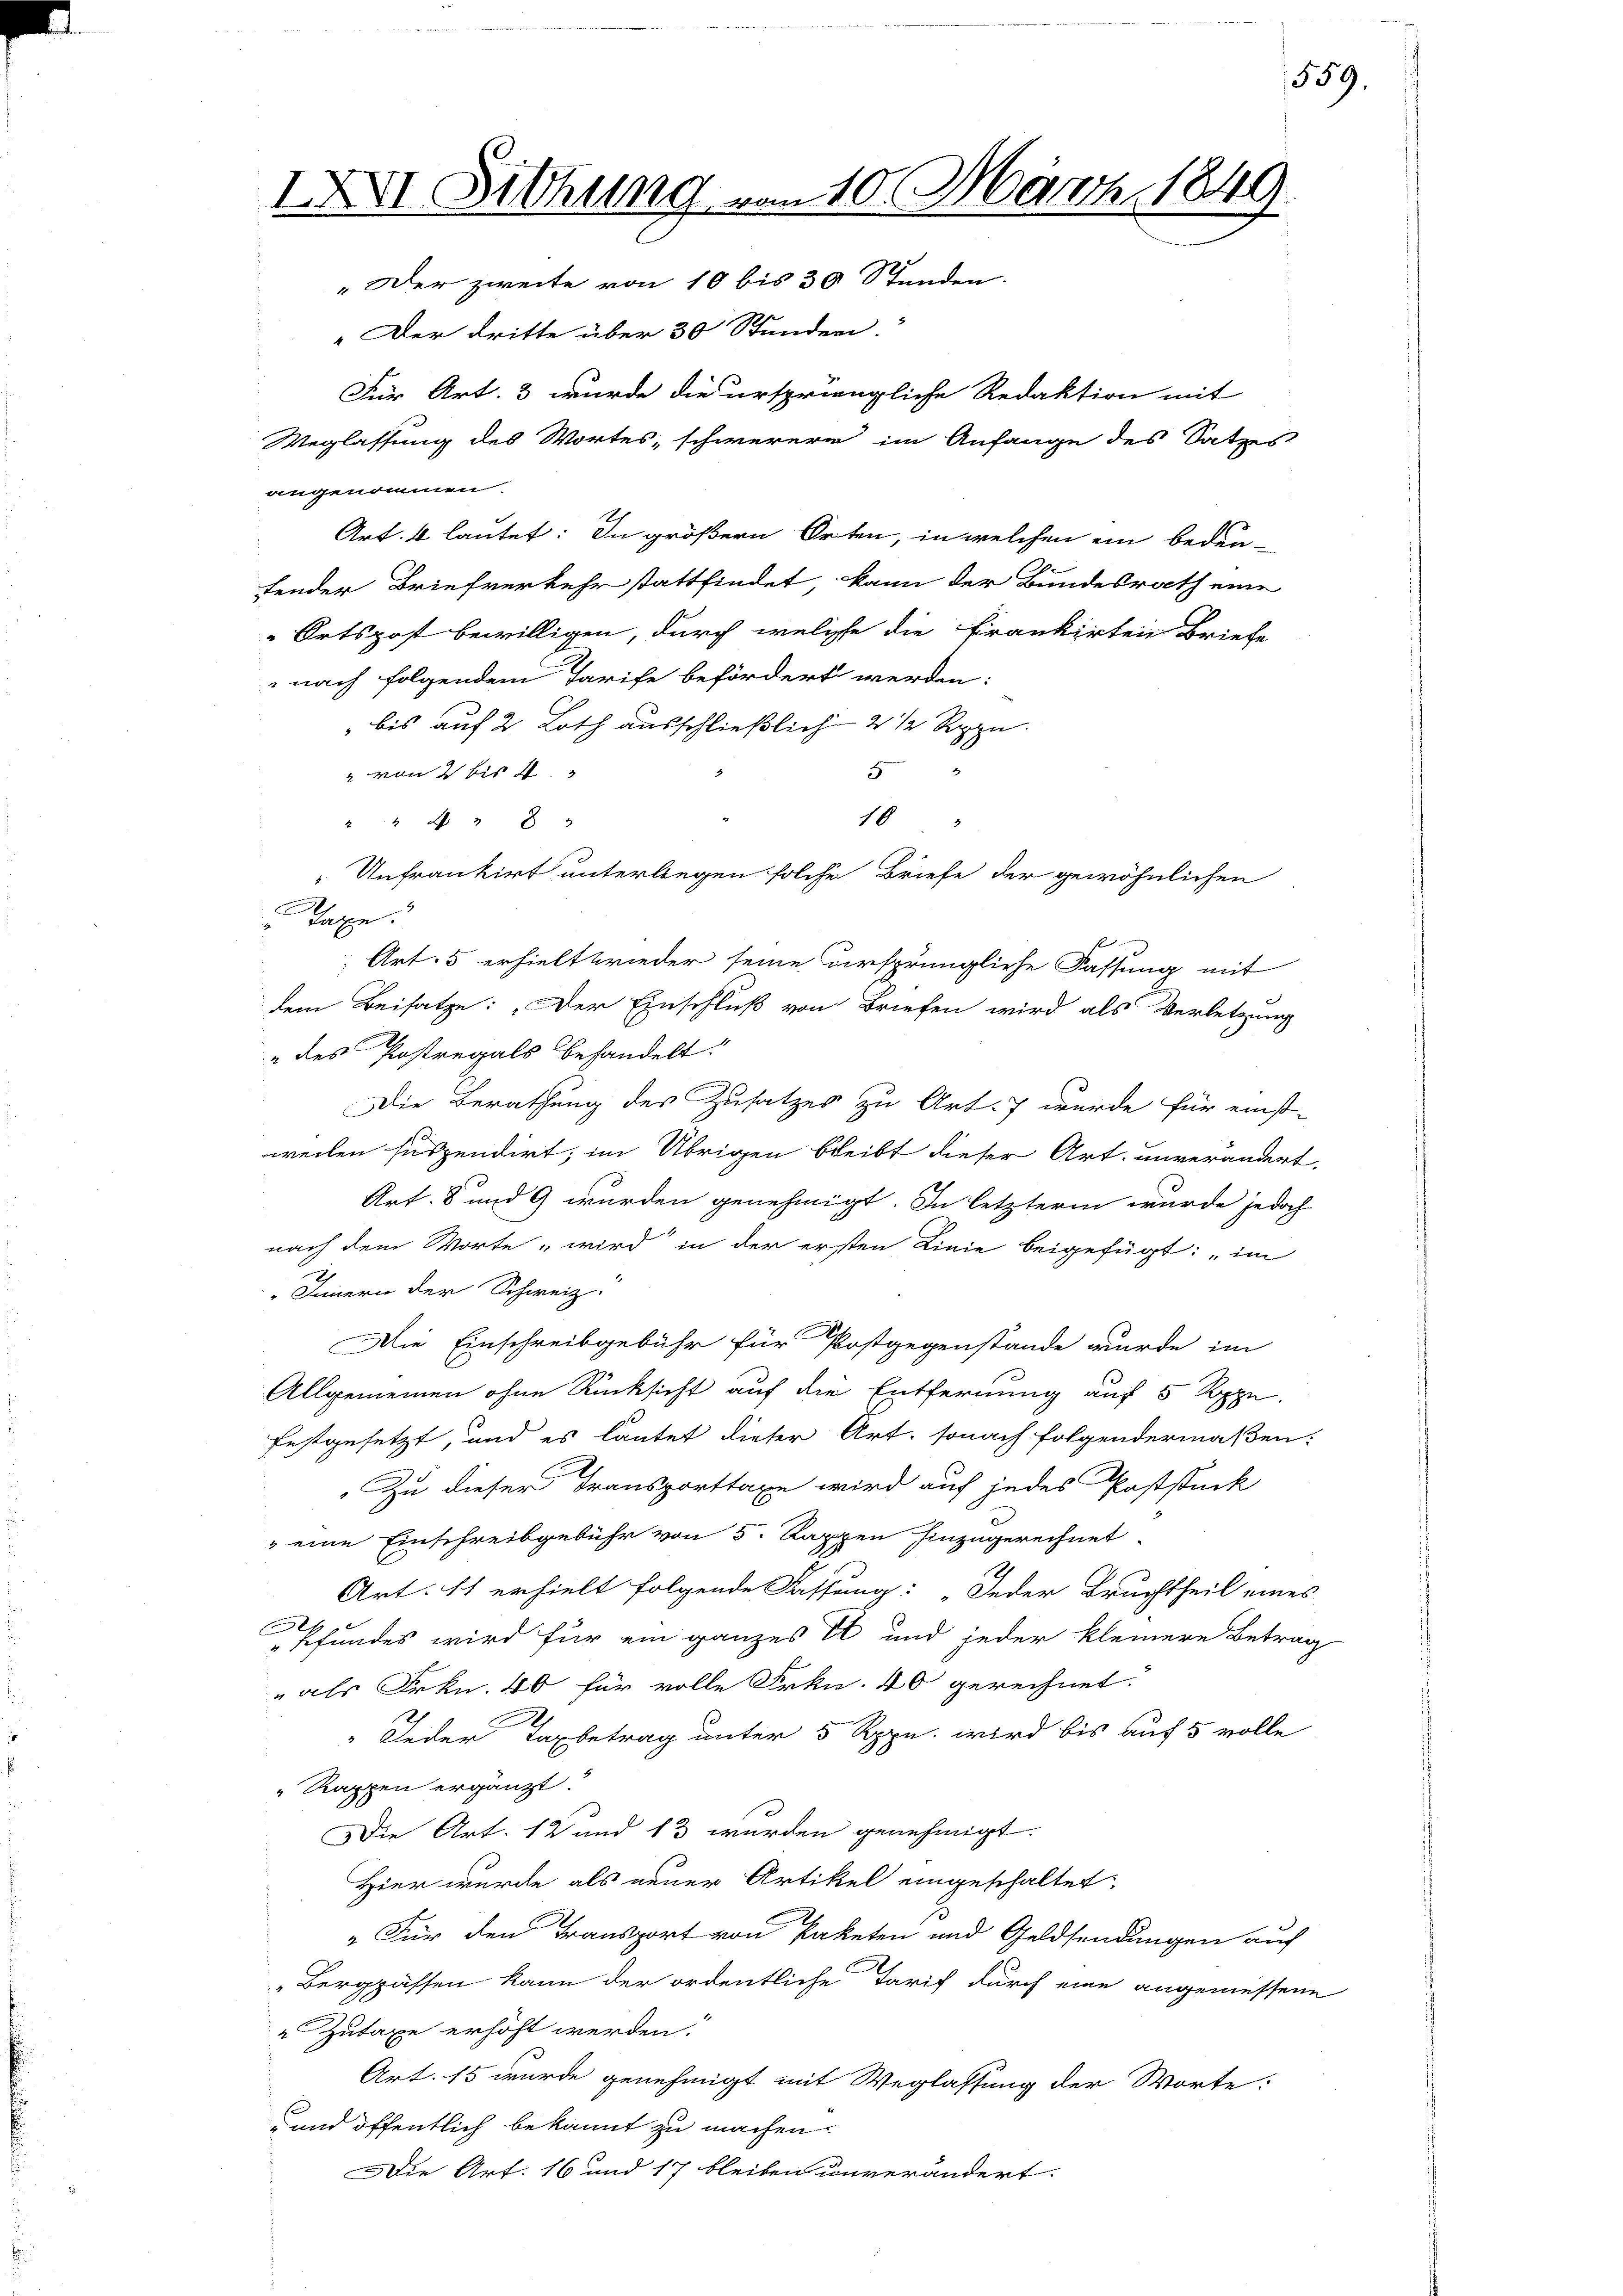
IXVI Sitzung vom 10. März 1849.
Der zweite von 10 bis 30 Stunden.

" Der dritte über 30 Stunden.
Für Art. 3 wurde die urspriengliche Redaktion mit
Weglassung des Wortes, schwerere im Anfange des Satzes
angenommen.
Art. 4 lautet: In größern Orten, in welchen ein bedeu-
fender Briefverkehr stattfindet, kann der Bundesrath eine
Ortspost bewilligen, durch welche die Frankirten Briefe
nach folgendem Tarife befördert werden:
 bis auf 2 Loth ausschließlich 2 ½ Rppn.
" von 2 bis 4
5
10
24  8 "
3
Unfrankirt unterlegen solche Briefe der gewöhnlichen
Taxe
Art. 5 erhielt wieder seine ursprüngliche Fassung mit
dem Beisatze: „Der Einschluß von Briefen wird als Verletzung
„des Postregals behandelt:
Die Berathung des Zusatzes zu Art. 7 wurde für einst-
weilen suspendirt; im Übrigen bleibt dieser Art. unverändert,
Art. 8 und 9 wurden genehmigt. In letzterm wurde jedoch
nach dem Worte wird in der ersten Linie beigefügt: „im
" Innern der Schweiz.
Die Einschreibgebühr für Postgegenstände wurde im
Allgemeinen ohne Rücksicht auf die Entfernung auf 5 Rppn.
festgesetzt, und es lautet dieser Art, sonach folgendermaßen:
Zu dieser Transporttaxe wird auf jedes Poststück
" eine Einschreibgebühr von 5 Rappen hinzugerechnet.
Art. 11 erhielt folgende Fassung: Jeder Bruchtheil eines
Pfundes wird für ein ganzes I und jeder kleinere Betrag
" als Frkn. 40 für volle Frkn. 40 gerechnet.
.
" Jeder Taxbetrag unter 5 Rppn. wird bis auf 5 volle
" Rappen ergänzt.
Die Art. 12 und 13 wurden genehmigt.
Hier wurde als neuer Artikel eingeschaltet:
"Für den Transport von Paketen und Geldsendungen auf
Berggassen kann der ordentliche Tarif durch eine angemessene
 Zutaxe erhöht werden.
Art. 15 wurde genehmigt mit Weglassung der Worte:
" und öffentlich bekannt zu machen.
Die Art. 16 und 17 bleiben unverändert.

2

559.